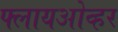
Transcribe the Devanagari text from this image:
फ्लायओव्हर